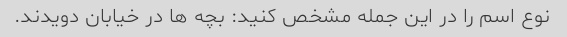
نوع اسم را در این جمله مشخص کنید: بچه ها در خیابان دویدند.